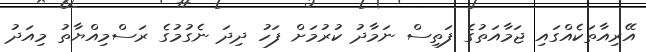
އޭރިއާތަކެއްގައި ޖަމާއަތުގެ ފަތިސް ނަމާދު ކުރުމަށް ފަހު ދިދަ ނެގުމުގެ ރަސްމިއްޔާތު މިއަދު